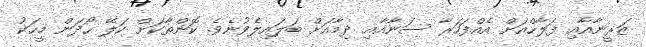
ޒަރީނާއާއި ފަލާހްއަށް އެއްފަހަރާ ސަނާއާއި ދިމާއަށް ބަލައިލެވުނެވެ. ކޮންތާކަށް ކަލޭ ހޯދަން މީހަކު